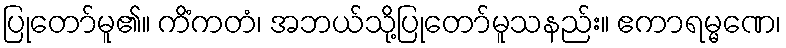
ပြုတော်မူ၏။ ကိံကတံ၊ အဘယ်သို့ပြုတော်မူသနည်း။ ဧကာရမ္မဏေ၊